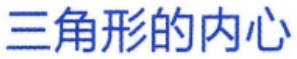
三角形的内心